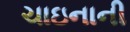
ચાઇનાની